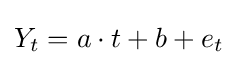
Y_{t}=a\cdot t+b+e_{t}